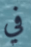
في